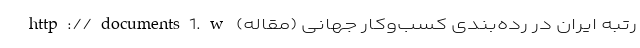
رتبه ایران در رده‌بندی کسب‌وکار جهانی (مقاله) http://documents1.w